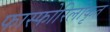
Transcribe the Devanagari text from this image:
फास्फोरिलीकृत